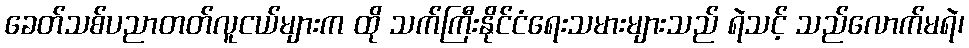
ခေတ်သစ်ပညာတတ်လူငယ်များက ထို သက်ကြီးနိုင်ငံရေးသမားများသည် ရဲသင့် သည်လောက်မရဲ၊